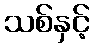
သစ်နှင့်